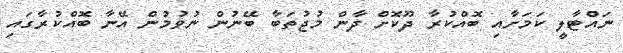
ނައްޓާލީ ކަމަށާއި ބޮއްކުރާ ދޫކޮށް ދާން މުޖުތަބާ ބޭނުން ނުވުމުން އޭނާ ބޮއްކުރާގައި